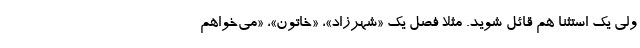
ولی یک استثنا هم قائل شوید. مثلا فصل یک «شهرزاد»، «خاتون»، «می‌خواهم